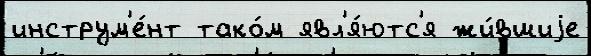
инструм'е́нт тако́м явл'я́ютс'я жи́вшиjе